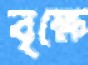
বৃক্ষে